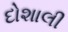
દોશાલી